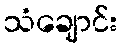
သံချောင်း